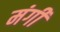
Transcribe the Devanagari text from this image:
मंगी